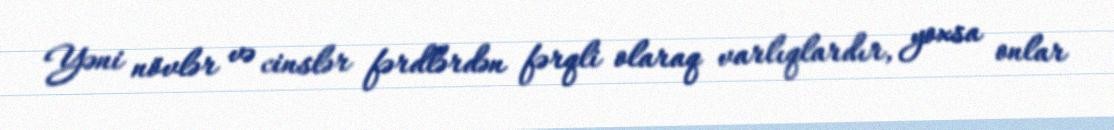
Yəni növlər və cinslər fərdlərdən fərqli olaraq varlıqlardır, yoxsa onlar